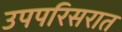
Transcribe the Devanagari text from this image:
उपपरिसरात